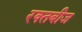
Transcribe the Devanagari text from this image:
रक्‍तबीज